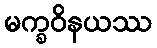
မက္ခဝိနယဿ